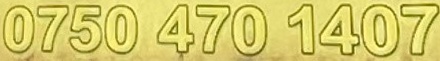
0750 470 1407